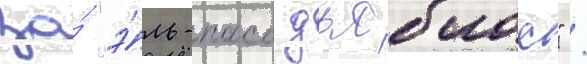
за́ "э́ль-пасо дьяблос" /